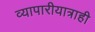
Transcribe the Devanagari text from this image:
व्यापारीयात्राही